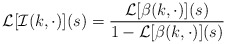
\begin{align*}\mathcal{L}[\mathcal{I}(k,\cdot)](s)=\frac{\mathcal{L}[\beta(k,\cdot)](s)}{1-\mathcal{L}[\beta(k,\cdot)](s)} \end{align*}